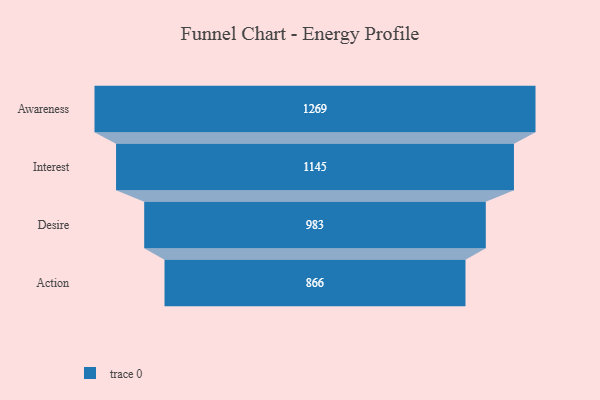
{"axis": {"x": "Stage", "y": "Value"}, "legend": [""], "data": [{"x": "Awareness", "y": 1269.0, "type": ""}, {"x": "Interest", "y": 1145.0, "type": ""}, {"x": "Desire", "y": 983.0, "type": ""}, {"x": "Action", "y": 866.0, "type": ""}]}